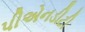
પીએનડીટી